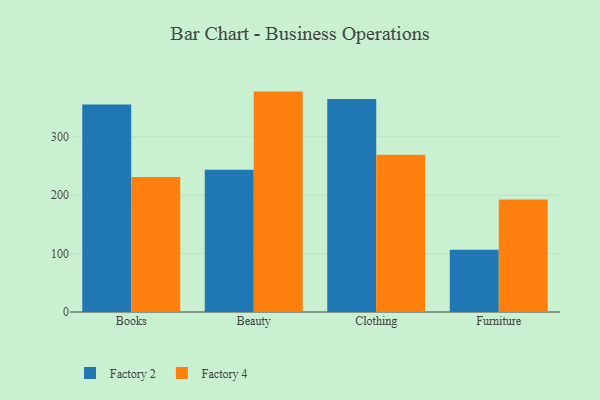
{"axis": {"x": "Category", "y": "Bounce Rate (%)"}, "legend": ["Factory 2", "Factory 4"], "data": [{"x": "Books", "y": 355.1, "type": "Factory 2"}, {"x": "Books", "y": 231.1, "type": "Factory 4"}, {"x": "Beauty", "y": 243.7, "type": "Factory 2"}, {"x": "Beauty", "y": 377.4, "type": "Factory 4"}, {"x": "Clothing", "y": 364.7, "type": "Factory 2"}, {"x": "Clothing", "y": 269.4, "type": "Factory 4"}, {"x": "Furniture", "y": 106.6, "type": "Factory 2"}, {"x": "Furniture", "y": 192.7, "type": "Factory 4"}]}